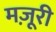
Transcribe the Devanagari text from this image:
मज़ूरी